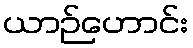
ယာဉ်ဟောင်း